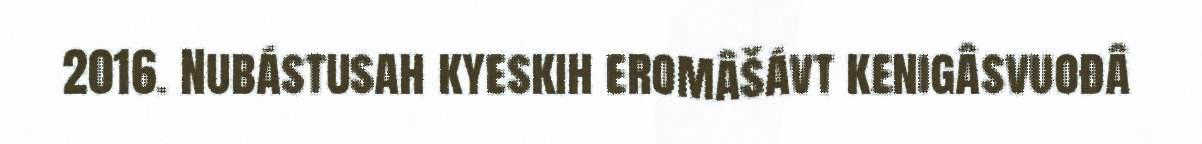
2016. Nubástusah kyeskih eromâšávt kenigâsvuođâ